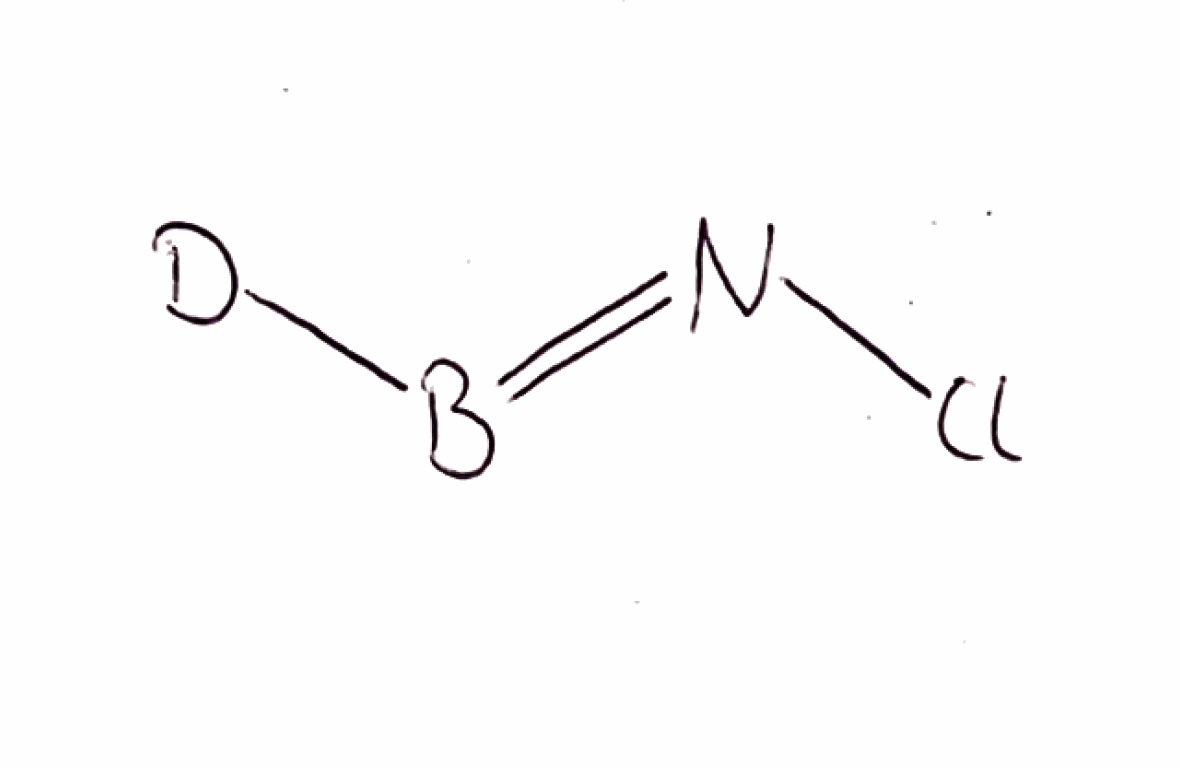
Simplified molecular-input line-entry system (SMILES) notation of the given molecule:
[2H]B=NCl